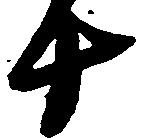
十